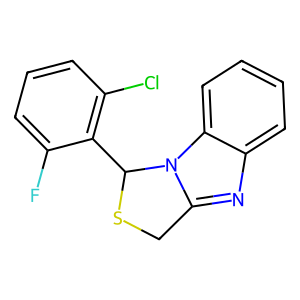
SMILES: Fc1cccc(Cl)c1C1SCc2nc3ccccc3n21
Inhibits HIV replication: Yes